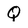
Character: Q